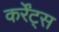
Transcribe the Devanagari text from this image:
कर्रेंट्स